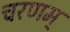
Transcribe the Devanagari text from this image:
चरणम्‌